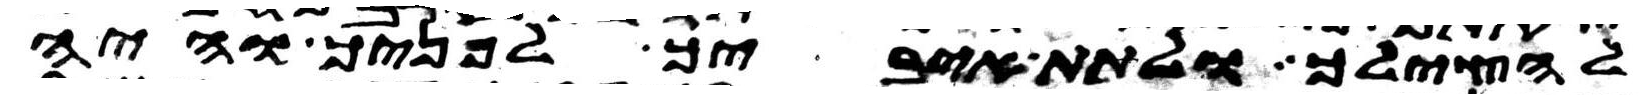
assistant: להצילך ולתת איביך לפניך והיה